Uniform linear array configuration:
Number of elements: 8
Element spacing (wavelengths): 0.25
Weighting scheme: kaiser
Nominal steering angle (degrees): -45
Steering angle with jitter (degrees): -45.585
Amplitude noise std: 0.05
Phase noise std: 0.05

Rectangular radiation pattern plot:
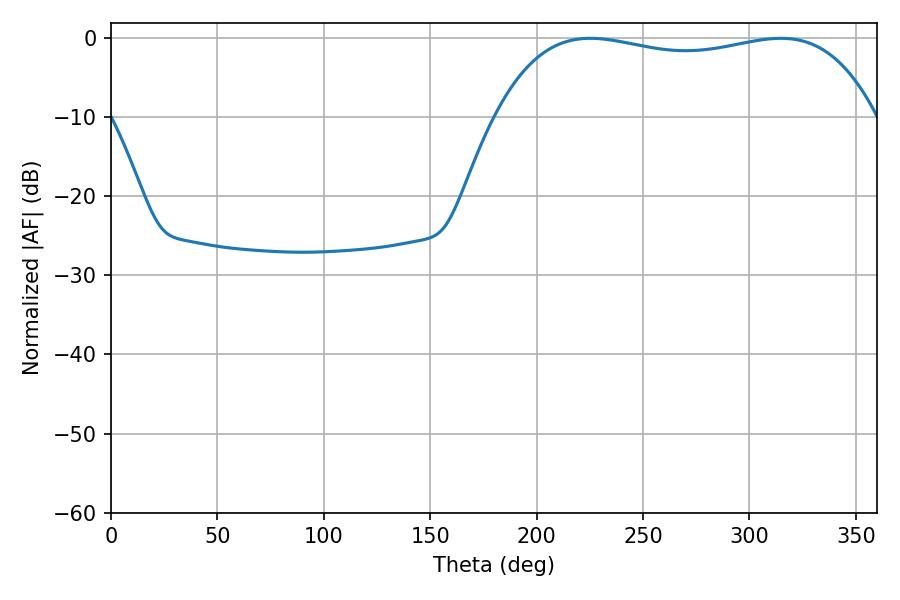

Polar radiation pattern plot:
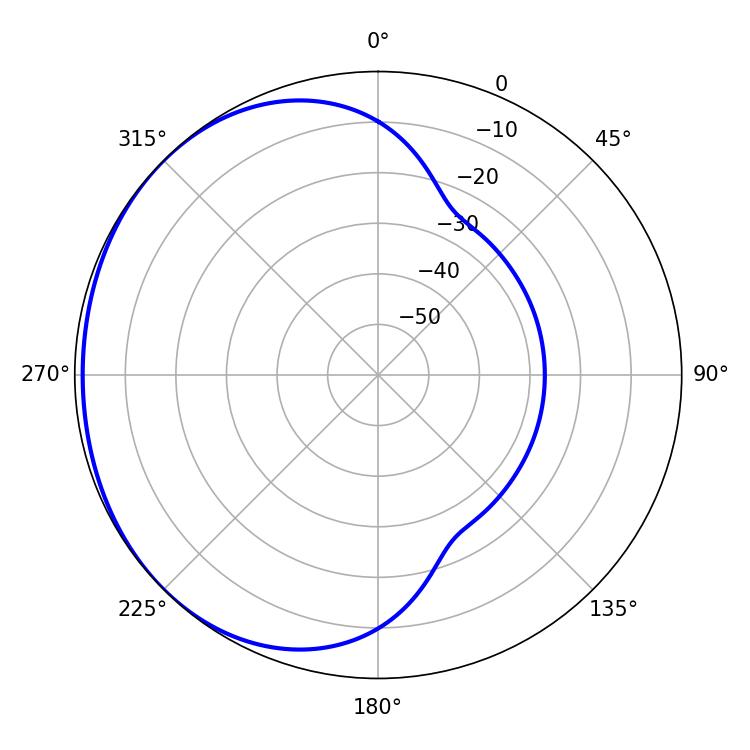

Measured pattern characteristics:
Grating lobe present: FALSE
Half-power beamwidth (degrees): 144
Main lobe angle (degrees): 225.18